Regulations for the medical services of the Army of India
Year: 1930
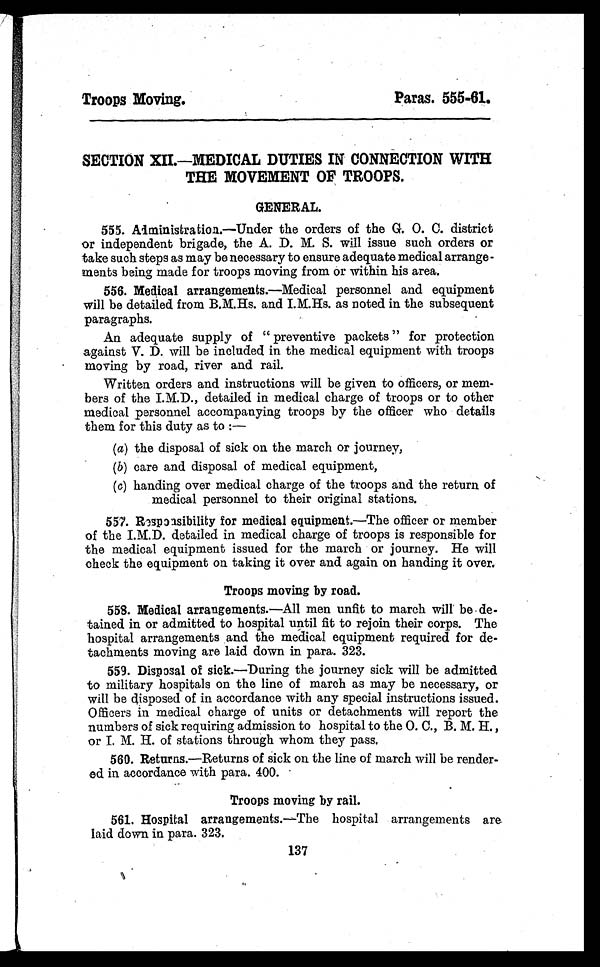
Troops Moving.
Paras. 555-61.
SECTION XII.—MEDICAL DUTIES IN CONNECTION WITH
THE MOVEMENT OF TROOPS.
GENERAL.
555. Administration. —Under the orders of the G. O. C. district
or independent brigade, the A. D. M. S. will issue such orders or
take such steps as may be necessary to ensure adequate medical arrange-
ments being made for troops moving from or within his area.
556. Medical arrangements.—Medical personnel and equipment
will be detailed from B.M.Hs. and I.M.Hs. as noted in the subsequent
paragraphs.
An adequate supply of " preventive packets " for protection
against V. D. will be included in the medical equipment with troops
moving by road, river and rail.
Written orders and instructions will be given to officers, or mem
-
bers of the I.M.D., detailed in medical charge of troops or to other
medical personnel accompanying troops by the officer who details
them for this duty as to :
—
(a) the disposal of sick on the march or journey,
(b) care and disposal of medical equipment,
(c) handing over medical charge of the troops and the return of
medical personnel to their original stations.
557. Responsibility for medical equipment. —The officer or member
of the I.M.D. detailed in medical charge of troops is responsible for
the medical equipment issued for the march or journey. He will
check the equipment on taking it over and again on handing it over.
Troops moving by road.
558. Medical arrangements. —All men unfit to march will be de-
tained in or admitted to hospital until fit to rejoin their corps. The
hospital arrangements and the medical equipment required for de-
tachments moving are laid down in para. 323.
559. Disposal of sick.—During the journey sick will be admitted
to military hospitals on the line of march as may be necessary, or
will be disposed of in accordance with any special instructions issued.
Officers in medical charge of units or detachments will report the
numbers of sick requiring admission to hospital to the O. C., B. M. H.,
or I. M. H. of stations through whom they pass.
560. Returns.—Returns of sick on the line of march will be render-
ed in accordance with para. 400.
Troops moving by rail.
561. Hospital arrangements.—The hospital arrangements are
laid down in para. 323.
137